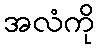
အလံကို